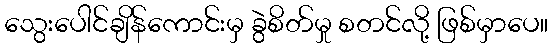
သွေးပေါင်ချိန်ကောင်းမှ ခွဲစိတ်မှု စတင်လို့ ဖြစ်မှာပေ။